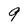
Character: 9